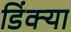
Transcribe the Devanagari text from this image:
डिंक्या